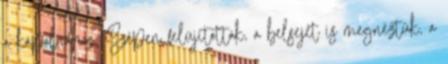
a kápolnához. Szépen felújították, a belsejét is megnéztük, a